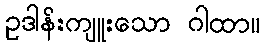
ဥဒါန်းကျူးသော ဂါထာ။